Medical and sanitary report of the native army of Bengal for the year
Year: 1874
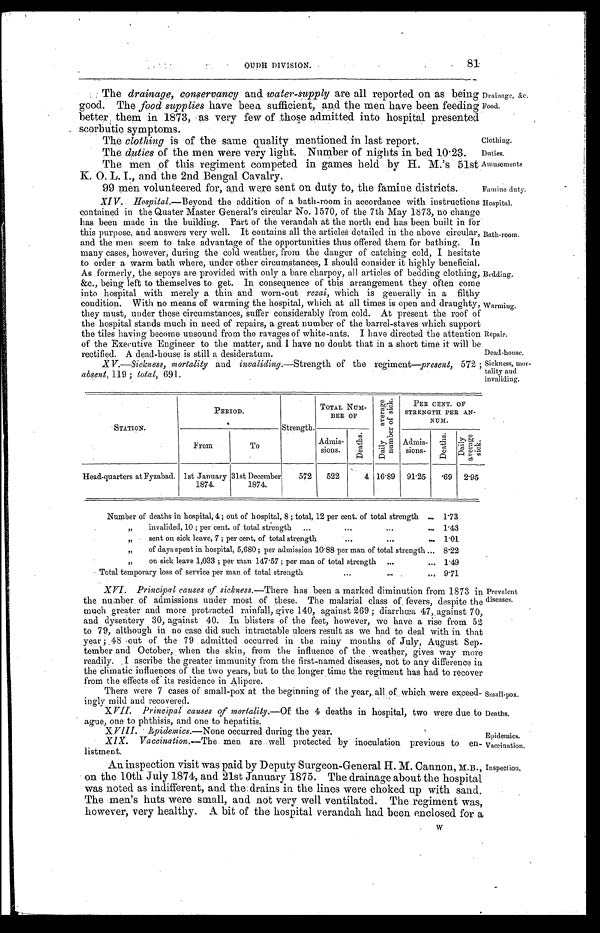
Clothing.
Duties.
Hospital.
Bath-room.
Bedding.
Warming.
Repair.
Dead-house.
Sickness, mor
-tality and invaliding.
Small-pox.
Deaths.
Epidemics.
Vaccination.
Inspection.
81
OUDH DIVISION.
The drainage, conservancy and water-supply are all reported on as being
good. The food supplies have been sufficient, and the men have been feeding
better them in 1873, as very few of those admitted into hospital presented
scorbutic symptoms.
Drainage, &c.
Food.
The clothing is of the same quality mentioned in last report.
The duties of the men were very light. Number of nights in bed 10.23.
The men of this regiment competed in games held by H. M.'s 51st
K. O. L. I.. and the 2nd Bengal Cavalry.
Amusements
99 men volunteered for, and were sent on duty to, the famine districts.
Famine duty.
XIV. Hospital.— Beyond the addition of a bath-room in accordance with instructions
contained in the Quater Master General's circular No. 1570, of the 7th May 1873, no change
has been made in the building. Part of the verandah at the north end has been built in fox
this purpose, and answers very well. It contains all the articles detailed in the above circular,
and the men seem to take advantage of the opportunities thus offered them for bathing. In
many cases, however, during the cold weather, from the danger of catching cold, I hesitate
to order a warm bath where, under other circumstances, I should consider it highly beneficial.
As formerly, the sepoys are provided with only a bare charpoy, all articles of bedding clothing,
&c., being left to themselves to get. In consequence of this arrangement they often come
into hospital with merely a thin and worn-out r ezai, which is generally in a filthy
condition. With no means of warming the hospital, which at all times is open and draughty,
they must, under these circumstances, suffer considerably from cold. At present the roof of
the hospital stands much in need of repairs, a great number of the barrel-staves which support
the tiles having become unsound from the ravages of white-ants. I have directed the attention
of the Executive Engineer to the matter, and I have no doubt that in a short time it will be
rectified. A dead-house is still a desideratum.
XV.—Sickness, mortality and invaliding.—Strength of the regiment—present, 572
absent, 119; total, 691.
STATION.
PERIOD.
Strength.
TOTAL NUM-
BER OF
D a i l y a v e r a g e n u m b e r o f s i c k .
PER CENT. OF
STRENGTH PER AN-
NUM.
From
To
Admis-
sions.
D e a t h s .
Admis-
sions.
D e a t h s .
D a i l y a v e r a g e s i c k .
Head-quarters at Fyzabad. 1st January
1874.
31st December
1874.
572
522
4 16.89 91.25
. 6 9 2.95
Number of deaths in hospital, 4; out of hospital, 8; total, 12 per cent. of total strength . . . 1.73
" i n v a l i d e d , 1 0 ; p e r c e n t . o f t o t a l s t r e n g t h . . .
1.43
" sent on sick leave, 7; per cent, of total strength . . . 1.01
" of days spent in hospital, 5,680; per admission 10.88 per man of total strength . . . 8.22
" on sick leave 1,033; per man 147.57; per man of total strength . . .
1.49
Total temporary loss of service per man of total strength . . .
9.71
XVI. Principal causes of sickness.— There has been a marked diminution from 1873 in
the number of admissions under most of these. The malarial class of fevers, despite the
much greater and more protracted rainfall, give 140, against 269; diarrhœa 47, against 70,
and dysentery 30, against 40. In blisters of the feet, however, we have a rise from 52
to 79, although in no case did such intractable ulcers result as we had to deal with in that
year; 48 out of the 79 admitted occurred in the rainy months of July, August Sep
-tember and October, when the skin, from the influence of the weather, gives way more
r e a d i l y . I a s c r i b e t h e g r e a t e r i mmu n i t y f r o m t h e f i r s t - n a me d d i s e a s e s , n o t t o a n y d i f f e r e n c e i n
the Climatic influences of the two years, but to the longer time the regiment has had to recover
from the effects of its residence in Alipore.
There were 7 cases of small-pox at the beginning of the year, all of which were exceed
-ingly mild and recovered.
XVII. Principal causes of mortality.— Of the 4 deaths in hospital, two were due to
ague. one to phthisis, and one to hepatitis.
XVIII. Epidemics.— None occurred during the year.
XIX. Vaccination.— The men are well protected by inoculation previous to en
-listment.
An inspection visit was paid by Deputy Surgeon-General H. M. Cannon, M.B.,
on the 10th July 1874, and 21st January 1875. The drainage about the hospital
was noted as indifferent, and the drains in the lines were choked up with sand.
The men's hats were small, and not very well ventilated. The regiment was,
however, very healthy. A bit of the hospital verandah had been enclosed for a
Prevalent
diseases.